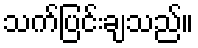
သက်ပြင်းချသည်။